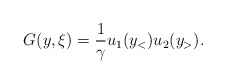
\begin{align*}G(y,\xi)={1\over \gamma}u_{1}(y_{<}) u_{2}(y_{>}).\end{align*}